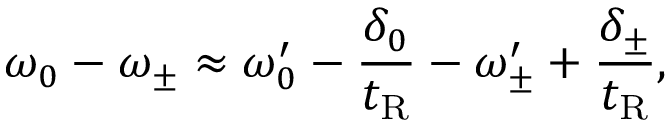
\omega _ { 0 } - \omega _ { \pm } \approx \omega _ { 0 } ^ { \prime } - \frac { \delta _ { 0 } } { t _ { \mathrm { R } } } - \omega _ { \pm } ^ { \prime } + \frac { \delta _ { \pm } } { t _ { \mathrm { R } } } ,